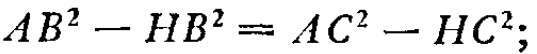
\(AB^{2}-HB^{2}=AC^{2}-HC^{2};\)